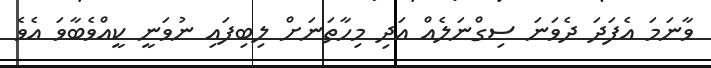
ވާނަމަ އެފަދަ ދެވަނަ ސިގްނަލެއް އަދި މިހާތަނަށް ލިބިފައި ނުވަނީ ކީއްވެބާވަ އެވެ